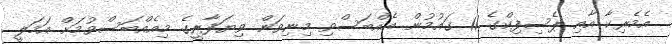
އެމެރިކާ އާއި ޕެސިފިކްގެ 11 ގައުމުން އެއްބަސްވި މިނިވަން ވިޔަފާރީގެ މިއެއްބަސްވުމަށް އަމަލީ